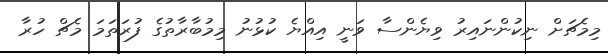
މިމެޗަށް ނިކުންނައިރު ވިޔެންސާ ވަނީ އިއްޔެ ކުޅުނު މިމުބާރާތުގެ ފުރަތަމަ މެޗް ހުރާ